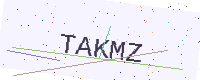
Text: TAKMZ